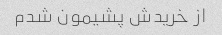
از خریدش پشیمون شدم